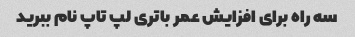
سه راه برای افزایش عمر باتری لپ تاپ نام ببرید